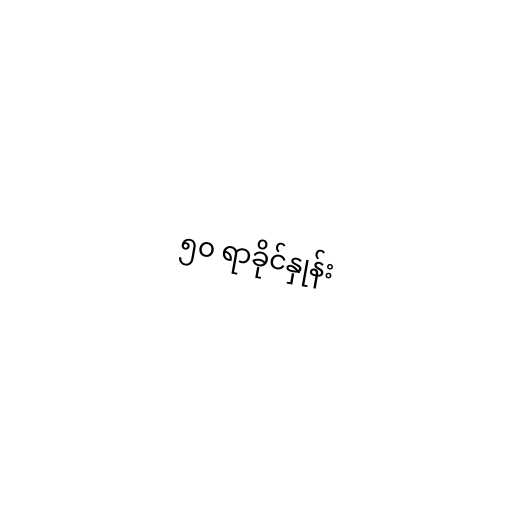
၅၀ ရာခိုင်နှုန်း